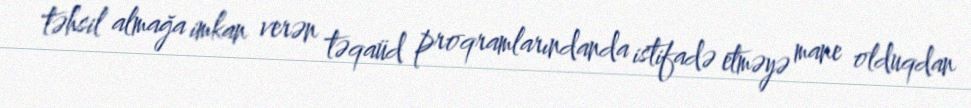
təhsil almağa imkan verən təqaüd proqramlarındanda istifadə etməyə mane olduqdan